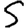
Digit: 5